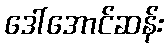
ဒေါ်အောင်ဆန်း